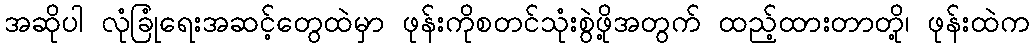
အဆိုပါ လုံခြုံရေးအဆင့်တွေထဲမှာ ဖုန်းကိုစတင်သုံးစွဲဖို့အတွက် ထည့်ထားတာတို့၊ ဖုန်းထဲက